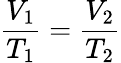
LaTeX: {\frac{V_{1}}{T_{1}}}={\frac{V_{2}}{T_{2}}}